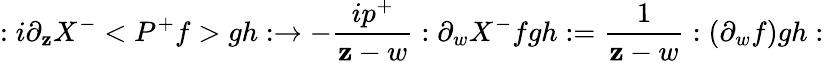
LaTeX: :i\partial_{\mathbf{z}}X^{-}<P^{+}f>gh:\rightarrow-\frac{{ip^{+}}}{{\mathbf{z}-w}}:\partial_{w}X^{-}fgh:=\frac{1}{{\mathbf{z}-w}}:(\partial_{w}f)gh: